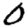
Digit: 0